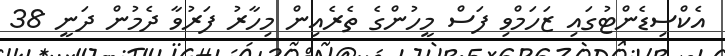
އެކްސިޑެންޓުގައި ޒަހަމްވި ފަސް މީހުންގެ ތެރެއިން މިހާރު ފަރުވާ ދެމުން ދަނީ 38